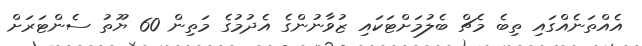
އެއްތަނެއްގައި ތިބެ މެޗް ބެލުމަށްޓަކައި ޒުވާނުންގެ އެދުމުގެ މަތިން 60 ޔޫތު ސެންޓަރަށް